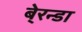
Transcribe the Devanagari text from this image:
बे्रन्डा